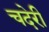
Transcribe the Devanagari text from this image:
चदेरी